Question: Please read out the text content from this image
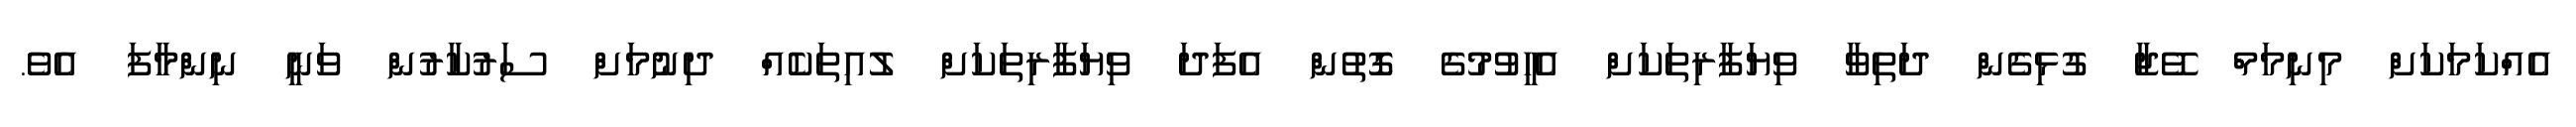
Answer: އެއްކަމަކަށް މިނިމަމް ވޭޖާ ގުޅިގެން ދަތިވާ ވިޔަފާރިތަކަށް އެހީވުމުގެ ގޮތުން އެފަދަ ވިޔަފާރިތަކަށް ލުއިތަކެއް ދިނުމަށް ސަރުކާރުން ވަނީ ނިންމާފަ އެވެ.